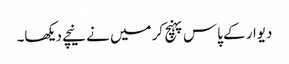
دیوار کے پاس پہنچ کر میں نے نیچے دیکھا۔